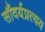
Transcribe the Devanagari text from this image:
सौंदर्यप्रत्यय